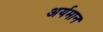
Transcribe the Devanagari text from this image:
अर्यमान